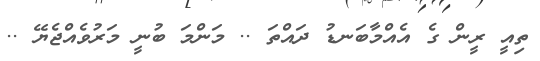
ތިއީ ރީން ގެ އެއްމާބަނޑު ދައްތަ .. މަންމަ ބުނީ މަރުވެއްޖެޔޭ ..